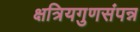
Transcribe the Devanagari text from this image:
क्षत्रियगुणसंपन्न